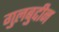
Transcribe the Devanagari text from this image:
गुलबुद्दीन